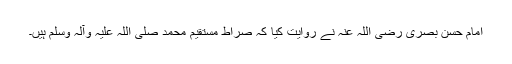
امام حسن بصری رضی اللہ عنہ نے روایت کیا کہ صراط مستقیم محمد صلی اللہ علیہ وآلہ وسلم ہیں۔